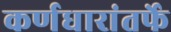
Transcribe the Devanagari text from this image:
कर्णधारांतर्फे